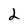
Character: 2